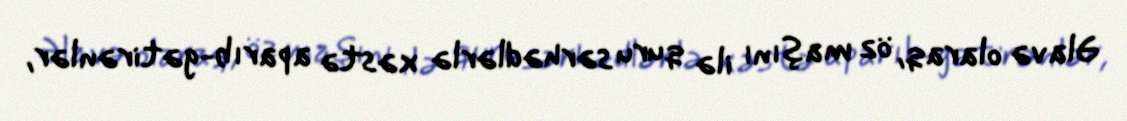
Əlavə olaraq, öz maşını ilə quru sərhədlərlə xəstə aparıb-gətirənlər,